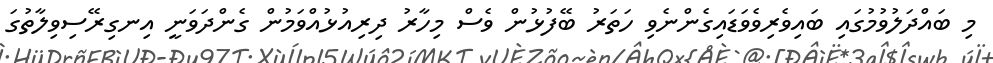
މި ބައްދަލުވުމުގައި ބައިވެރިވެވަޑައިގެންނެވި ހަތަރު ބޭފުޅުން ވެސް މިހާރު ދިރިއުޅުއްވަމުން ގެންދަވަނީ އިނގިރޭސިވިލާތުގަ